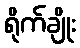
ရိုက်ချိုး